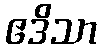
ဧဒိသာ